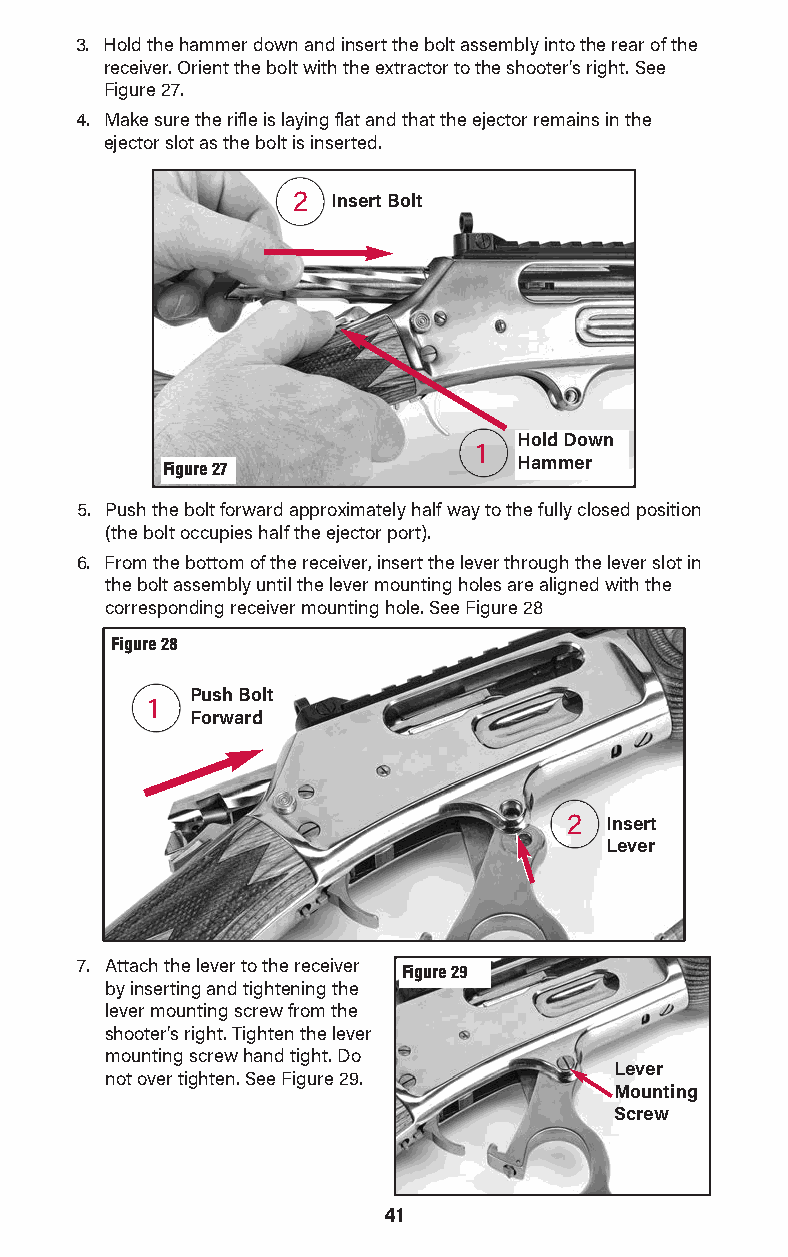
3. Hold the hammer down and insert the bolt assembly into the rear of the
 receiver. Orient the bolt with the extractor to the shooter's right. See
 Figure 27.
 4. Make sure the rifle is laying flat and that the ejector remains in the
 ejector slot as the bolt is inserted.
 2  Insert Bolt
 Hold Down
 1
 Figure 27              Hammer
 5. Push the bolt forward approximately half way to the fully closed position
 (the bolt occupies half the ejector port).
 6. From the bottom of the receiver, insert the lever through the lever slot in
 the bolt assembly until the lever mounting holes are aligned with the
 correspon ding receiver mounting hole. See Figure 28
 Figure 28
 Push Bolt
 1
 Forward
 2 Insert
 Lever
 7. Attach the lever to the receiver Figure 29
 by inserting and tightening the
 lever mounting screw from the
 shooter's right. Tighten the lever
 mounting screw hand tight. Do
 Lever
 not over tighten. See Figure 29.
 Mounting
 Screw
 41